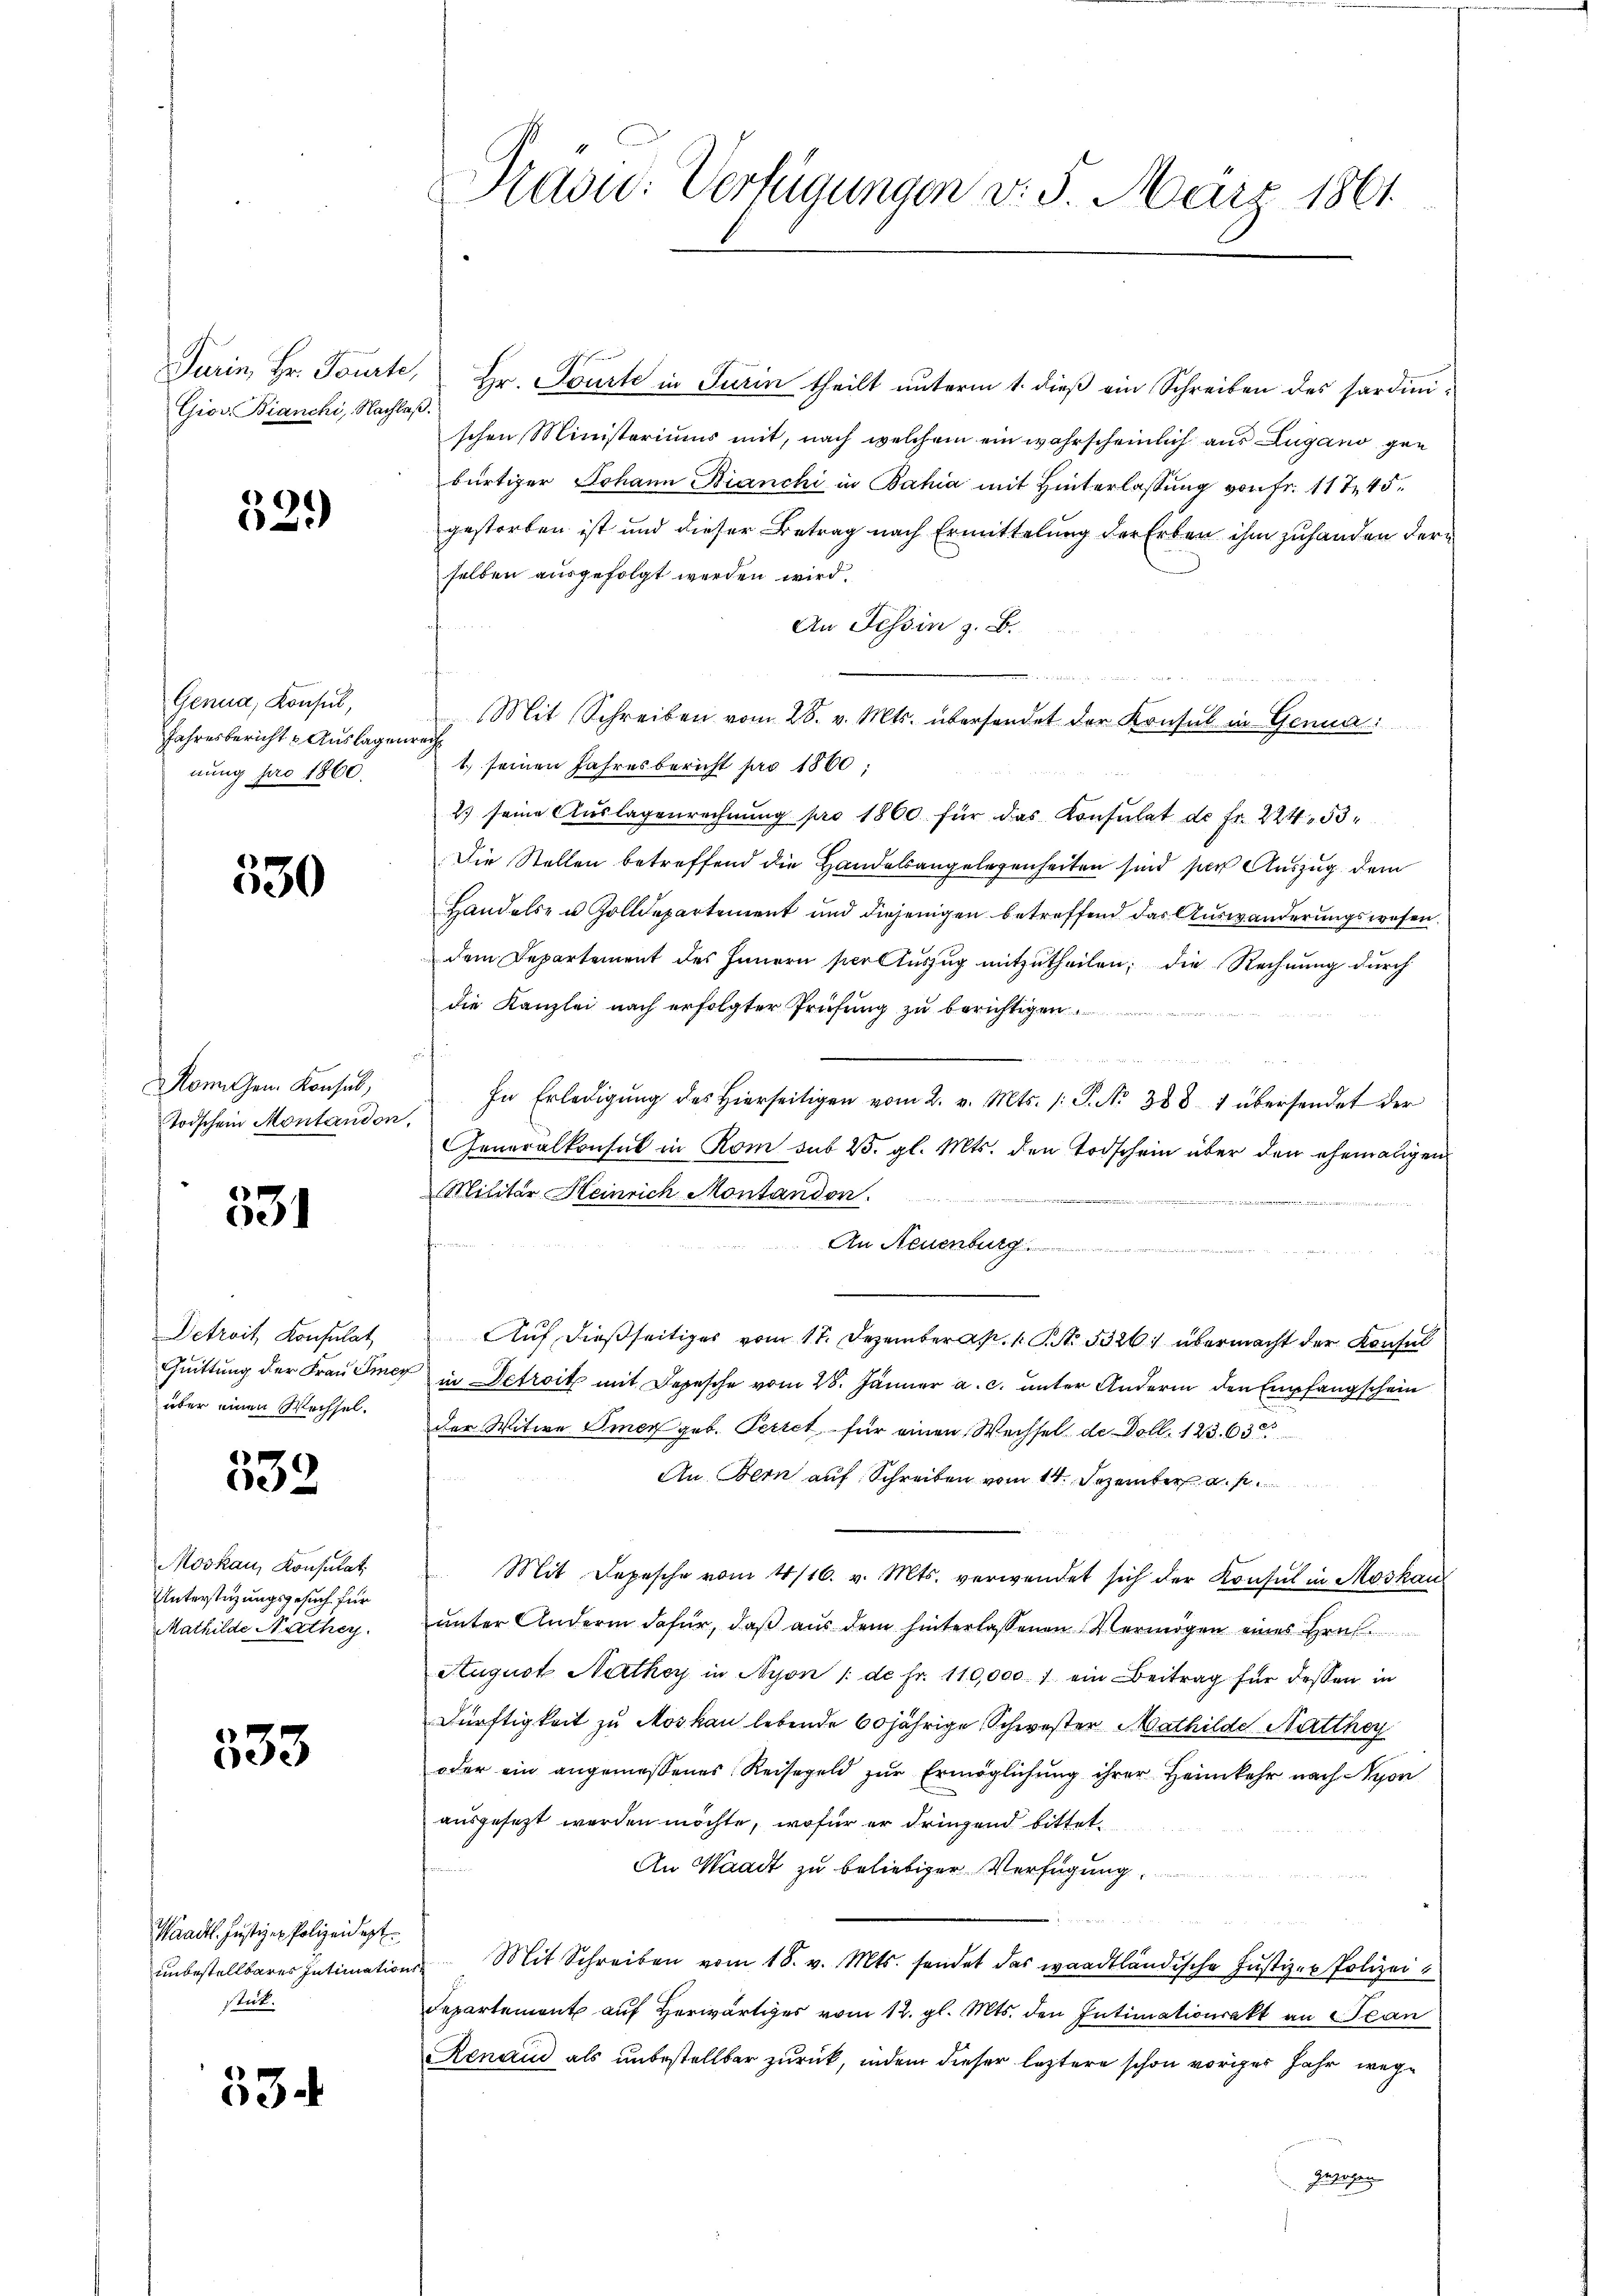
Giov Bianchi, Nachlaß.

23

Genua, Konsul,
Jahresbericht & Auslagenrech
nung pro 1860.

530

Rom Gen. Konsul,
Todschein Montandon,

e
e

Detroit, Konsulat
über einen Wechsel.

539

Moskau, Konsulat
Unterstützungsgesuch für
Mathilde Nathey

333

Waadt. Justizer Polizeidest.
unbestellbares Intimatio
stück.

534

Turin, Hr. Tourte, Hr. Tourte in Turin theilt unterm 1. dieß ein Schreiben des Sardinischen Ministeriums mit, nach welchem ein wahrscheinlich aus Lugano gen
bürtiger Johann Bianchi in Bahia mit Hinterlassung von Fr. 11 745.
gestorben ist und dieser Betrag nach Ermittelung der Erben ihm zuhanden der
selben ausgefolgt werden wird.
An Tessin z. B.
 Seiten, die in werden meinen
Mit Schreiben vom 28. v. Mts. übersendet der Konsul in Genua
1. seinen Jahresbericht pro 1860;
2) seine Aŭslagenrechnŭng pro 1860 für das Konsulat de fr. 224. 53
Die Stellen betreffend die Handelsangelegenheiten sind sich Auszug dem
Handels- u. Zolldepartement und diejenigen betreffend das Auswanderungswesen.
dem Departement des Innern sceltuszug mitzutheilen; die Rechnung durch
die Kanzlei nach erfolgter Prüfung zu berichtigen

In Erledigŭng des hierseitigen vom 2. v. Mts. (: P. Nr. 388 1 übersendet der
Generalkonsul in Rom sub 25. gl. Mts. den Todschein über den ehemaligen
Militär Heinrich Montandon.
n
An Neuenburg
Auf dießseitiges vom 17. Dezember. S. 532. übermacht der Konsul
Quittung der Frau Sieg in Defroit mit Depesche vom 28. Jänner a. c. unter Andern den Empfangschein
der Witwe Omer geb. Perret für einen Wechsel de Doll. 123. 63
An Bern auf Schreiben vom 14. Dezember
 Mit Depesche vom 4/16. v. Mts. verwendet sich der Konsul in Moskau
unter Andern dafür, daß aus dem hinterlassenen Vermögen eines Hrn.
August Nathey in Nyon /: de fr. 110,000. 1. ein Beitrag für dessen in
Dürftigkeit zu Moskau lebende 60jährige Schwester Mathilde Natthey
oder ein angemessenes Reisegeld zur Ermöglichung ihrer Heimkehr nach Nyon
ausgesezt werden möchte, wofür er dringend bittet,
An Waadt zu beliebiger Verfügung,
Mit Schreiben vom 18. v. Mts. sendet das waadtländische Justizen Polizei
Departement auf Herwärtiges vom 12. gl. Mts. den Intimationsakt an Jean
Renau als unbestellbar zurück, indem dieser leztere schon voriger Jahr wege
Zusagen

Pad: Verfügungen v. 3. März 1861.